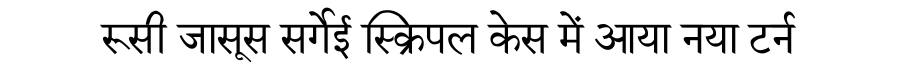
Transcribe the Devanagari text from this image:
रूसी जासूस सर्गेई स्क्रिपल केस में आया नया टर्न